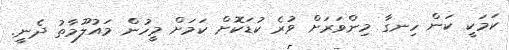
ކަމަކީ ކަން ހިނގާ މިންވަރަށް ވުރެ ކުޑަކޮށް ކަމަށް މީހުން މައުލޫމާތު ދެނީ.